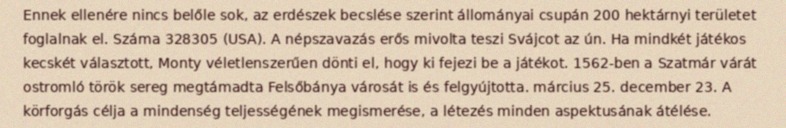
Ennek ellenére nincs belőle sok, az erdészek becslése szerint állományai csupán 200 hektárnyi területet foglalnak el. Száma 328305 (USA). A népszavazás erős mivolta teszi Svájcot az ún. Ha mindkét játékos kecskét választott, Monty véletlenszerűen dönti el, hogy ki fejezi be a játékot. 1562-ben a Szatmár várát ostromló török sereg megtámadta Felsőbánya városát is és felgyújtotta. március 25. december 23. A körforgás célja a mindenség teljességének megismerése, a létezés minden aspektusának átélése.